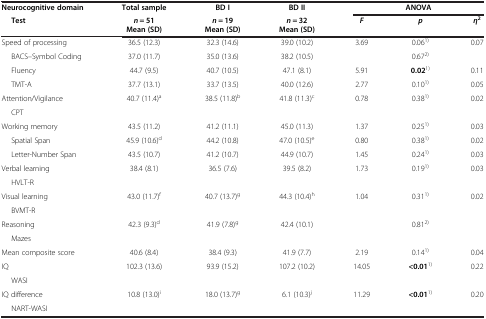
<table><thead><tr><td><b>Neurocognitive domain</b></td><td><b>Total sample</b></td><td><b>BD I</b></td><td><b>BD II</b></td><td colspan="3"><b>ANOVA</b></td></tr><tr><td><b>Test</b></td><td><b><i>n</i> = 51</b></td><td><b><i>n</i> = 19</b></td><td><b><i>n</i> = 32</b></td><td><b><i>F</i></b></td><td><b><i>p</i></b></td><td><b><i>η</i><sup>2</sup></b></td></tr><tr><td><b> </b></td><td><b>Mean (SD)</b></td><td><b>Mean (SD)</b></td><td><b>Mean (SD)</b></td><td><b> </b></td><td><b> </b></td><td><b> </b></td></tr></thead><tbody><tr><td>Speed of processing</td><td>36.5 (12.3)</td><td>32.3 (14.6)</td><td>39.0 (10.2)</td><td>3.69</td><td>0.06<sup>1)</sup></td><td>0.07</td></tr><tr><td>BACS–Symbol Coding</td><td>37.0 (11.7)</td><td>35.0 (13.6)</td><td>38.2 (10.5)</td><td> </td><td>0.67<sup>2)</sup></td><td> </td></tr><tr><td>Fluency</td><td>44.7 (9.5)</td><td>40.7 (10.5)</td><td>47.1 (8.1)</td><td>5.91</td><td><b>0.02</b><sup>1)</sup></td><td>0.11</td></tr><tr><td>TMT-A</td><td>37.7 (13.1)</td><td>33.7 (13.5)</td><td>40.0 (12.6)</td><td>2.77</td><td>0.10<sup>1)</sup></td><td>0.05</td></tr><tr><td>Attention/Vigilance</td><td>40.7 (11.4)<sup>a</sup></td><td>38.5 (11.8)<sup>b</sup></td><td>41.8 (11.3)<sup>c</sup></td><td>0.78</td><td>0.38<sup>1)</sup></td><td>0.02</td></tr><tr><td>CPT</td><td> </td><td> </td><td> </td><td> </td><td> </td><td> </td></tr><tr><td>Working memory</td><td>43.5 (11.2)</td><td>41.2 (11.1)</td><td>45.0 (11.3)</td><td>1.37</td><td>0.25<sup>1)</sup></td><td>0.03</td></tr><tr><td>Spatial Span</td><td>45.9 (10.6)<sup>d</sup></td><td>44.2 (10.8)</td><td>47.0 (10.5)<sup>e</sup></td><td>0.80</td><td>0.38<sup>1)</sup></td><td>0.02</td></tr><tr><td>Letter-Number Span</td><td>43.5 (10.7)</td><td>41.2 (10.7)</td><td>44.9 (10.7)</td><td>1.45</td><td>0.24<sup>1)</sup></td><td>0.03</td></tr><tr><td>Verbal learning</td><td>38.4 (8.1)</td><td>36.5 (7.6)</td><td>39.5 (8.2)</td><td>1.73</td><td>0.19<sup>1)</sup></td><td>0.03</td></tr><tr><td>HVLT-R</td><td> </td><td> </td><td> </td><td> </td><td> </td><td> </td></tr><tr><td>Visual learning</td><td>43.0 (11.7)<sup>f</sup></td><td>40.7 (13.7)<sup>g</sup></td><td>44.3 (10.4)<sup>h</sup></td><td>1.04</td><td>0.31<sup>1)</sup></td><td>0.02</td></tr><tr><td>BVMT-R</td><td> </td><td> </td><td> </td><td> </td><td> </td><td> </td></tr><tr><td>Reasoning</td><td>42.3 (9.3)<sup>d</sup></td><td>41.9 (7.8)<sup>g</sup></td><td>42.4 (10.1)</td><td> </td><td>0.81<sup>2)</sup></td><td> </td></tr><tr><td>Mazes</td><td> </td><td> </td><td> </td><td> </td><td> </td><td> </td></tr><tr><td>Mean composite score</td><td>40.6 (8.4)</td><td>38.4 (9.3)</td><td>41.9 (7.7)</td><td>2.19</td><td>0.14<sup>1)</sup></td><td>0.04</td></tr><tr><td>IQ</td><td>102.3 (13.6)</td><td>93.9 (15.2)</td><td>107.2 (10.2)</td><td>14.05</td><td><b>&lt;0.01</b><sup>1)</sup></td><td>0.22</td></tr><tr><td>WASI</td><td> </td><td> </td><td> </td><td> </td><td> </td><td> </td></tr><tr><td>IQ difference</td><td>10.8 (13.0)<sup>i</sup></td><td>18.0 (13.7)<sup>g</sup></td><td>6.1 (10.3)<sup>j</sup></td><td>11.29</td><td><b>&lt;0.01</b><sup>1)</sup></td><td>0.20</td></tr><tr><td>NART-WASI</td><td> </td><td> </td><td> </td><td> </td><td> </td><td> </td></tr></tbody></table>